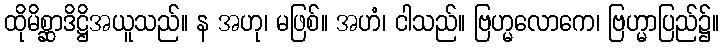
ထိုမိစ္ဆာဒိဋ္ဌိအယူသည်။ န အဟု၊ မဖြစ်။ အဟံ၊ ငါသည်။ ဗြဟ္မလောကေ၊ ဗြဟ္မာပြည်၌။